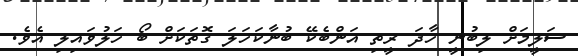
ސަލީމަށް ލިބުނީ ހާދަ ރީތި އަންބެކޭ ބުނާކަހަލަ ގޮތަކަށް ބޯ ހަލުވައިލި އެވެ.